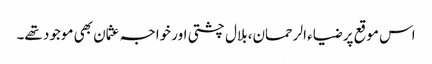
اس موقع پر ضیاء الرحمان، بلال چشتی اور خواجہ عثمان بھی موجود تھے۔